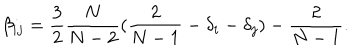
\beta _ { i j } = \frac { 3 } { 2 } \frac { N } { N - 2 } ( \frac { 2 } { N - 1 } - \delta _ { i } - \delta _ { j } ) - \frac { 2 } { N - 1 } .